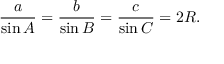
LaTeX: { \frac { a } { \sin A } } = { \frac { b } { \sin B } } = { \frac { c } { \sin C } } = 2 R .